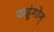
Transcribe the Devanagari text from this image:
कड्डंगोन्